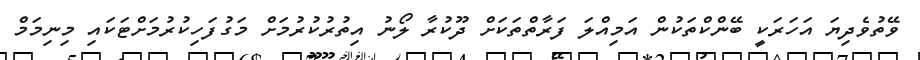
ވޭތުވެދިޔަ އަހަރަކީ ބޭންކްތަކުން އަމިއްލަ ފަރާތްތަކަށް ދޫކުރާ ލޯނު އިތުރުކުރުމަށް މަގުފަހިކުރުމަށްޓަކައި މިނިމަމް